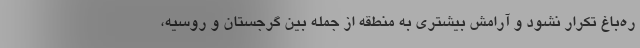
ره‌باغ تکرار نشود و آرامش بیشتری به منطقه از جمله بین گرجستان و روسیه،